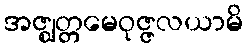
အဇ္ဈတ္တမေဝုဇ္ဇလယာမိ